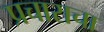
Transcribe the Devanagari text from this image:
प्रचाराचा